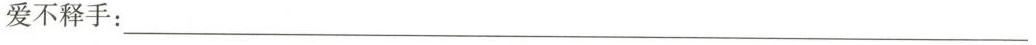
爱不释手：___